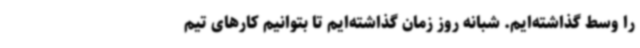
را وسط گذاشته‌ایم. شبانه روز زمان گذاشته‌ایم تا بتوانیم کارهای تیم